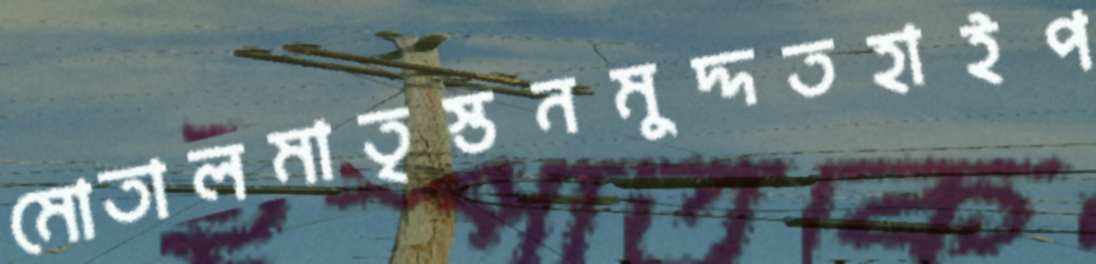
মোতালমাতৃস্তনমুদ্দতহাইপ